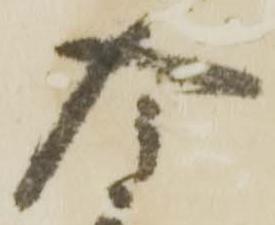
今